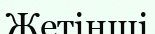
Жетінші